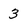
Character: 3